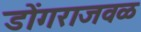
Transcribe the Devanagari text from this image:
डोंगराजवळ